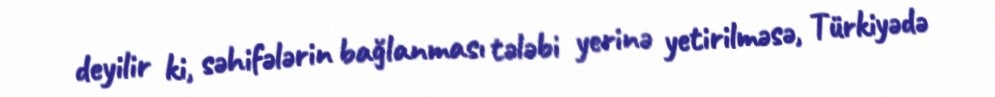
deyilir ki, səhifələrin bağlanması tələbi yerinə yetirilməsə, Türkiyədə